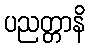
ပညတ္တာနိ